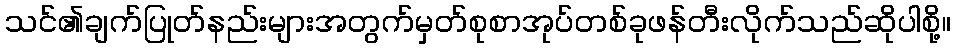
သင်၏ချက်ပြုတ်နည်းများအတွက်မှတ်စုစာအုပ်တစ်ခုဖန်တီးလိုက်သည်ဆိုပါစို့။